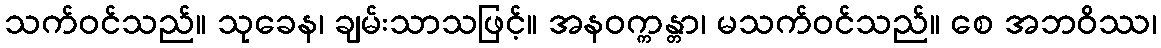
သက်ဝင်သည်။ သုခေန၊ ချမ်းသာသဖြင့်။ အနဝက္ကန္တာ၊ မသက်ဝင်သည်။ စေ အဘဝိဿ၊